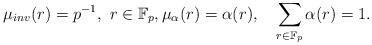
LaTeX: \begin{align*} \mu_{inv}(r)=p^{-1},\,\, r\in{\mathbb F}_p,\mu_\alpha(r)=\alpha(r),\quad\sum_{r\in {\mathbb F}_p}\alpha(r)=1.\end{align*}